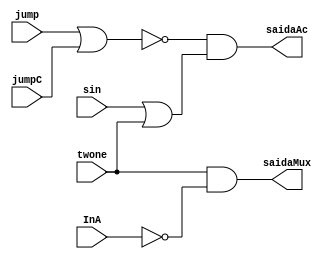
module ACControl( //Main ULA input accumulator control unit
    jump,
    jumpC,
    sin,
    InA,
    twone,
    saidaMux,
    saidaAc,
);

input jump, jumpC, sin, InA, twone;
output reg saidaMux, saidaAc;

always @(*)
    begin
        saidaMux <= twone & ~InA;
        saidaAc <= ~(jump | jumpC) & (sin | twone);
    end
endmodule